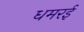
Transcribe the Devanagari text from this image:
धमरई